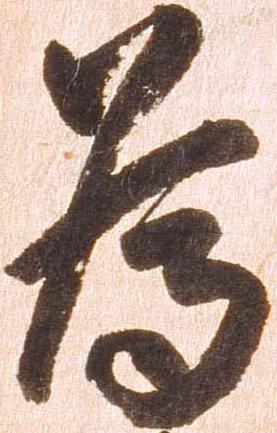
為